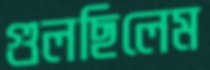
গুলছিলেম